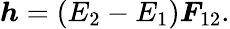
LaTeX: \begin{array}{r}{\boldsymbol{h}=(E_{2}-E_{1})\boldsymbol{F}_{12}.}\end{array}